Report on the nature of kala-azar
Disease focus: Kala-Azar
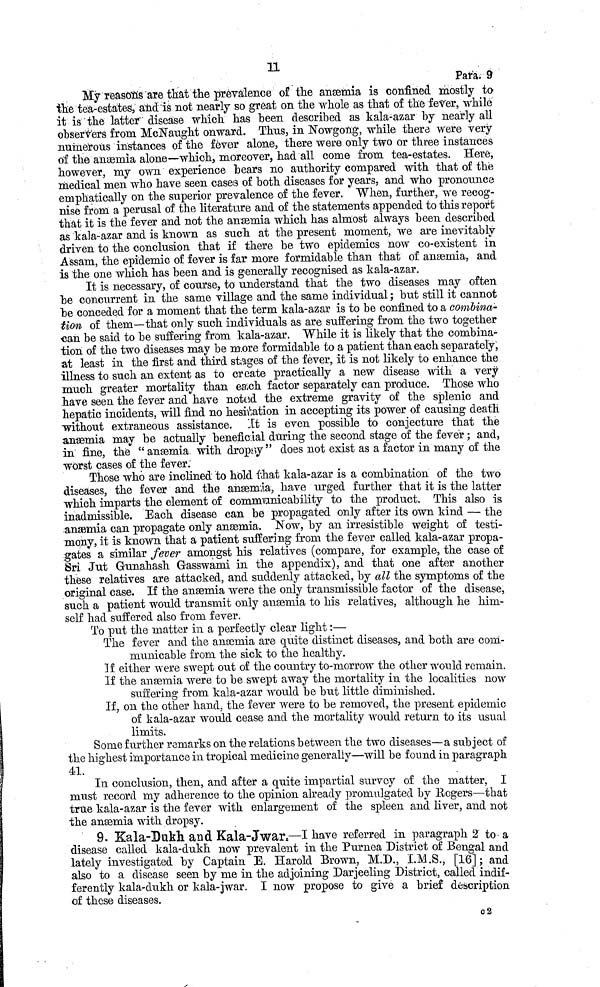
11
Para. 9
My reason's are that the prevalence of the anæmia is confined mostly to
the tea-estates, and is not nearly so great on the whole as that of the fever, while
it is the latter disease which has been described as kala-azar by nearly all
observers from McNaught onward. Thus, in Nowgong, while there were very
numerous instances of the fever alone, there were only two or three instances
οf the anæmia alone—which, moreover, had all come from tea-estates. Here,
however, my own experience bears no authority compared with that of the
medical men who have seen cases of both diseases for years, and who pronounce
emphatically on the superior prevalence of the fever. When, further, we recog-
nise from a perusal of the literature and of the statements appended to this report
that it is the fever and not the anæmia which has almost always been described
as kala-azar and is known as such at the present moment, we are inevitably
driven to the conclusion that if there be two epidemics now co-existent in
Assam, the epidemic of fever is far more formidable than that of anæmia, and
is the one which has been and is generally recognised as kala-azar.
It is necessary, of course, to understand that the two diseases may often
be concurrent in the same village and the same individual ; but still it cannot
be conceded for a moment that the term kala-azar is to be confined to a combina-
tíon of them—that only such individuals as are suffering from the two together
can be said to be suffering from kala-azar. While it is likely that the combina-
tion of the two diseases may be more formidable to a patient than each separately,
at least in the first and third stages of the fever, it is not likely to enhance the
illness to such an extent as to create practically a new disease with a very
much greater mortality than each factor separately can produce. Those who
have seen the fever and have noted the extreme gravity of the splenic and
hepatic incidents, will find no hesitation in accepting its power of causing death
without extraneous assistance. "It is even possible to conjecture that the
anæmia may be actually beneficial during the second stage of the fever ; and,
in fine, the " anæmia, with dropsy " does not exist as a factor in many of the
worst cases of the fever.
Those who are inclined to hold that kala-azar is a combination of the two
diseases, the fever and the anæmia, have urged further that it is the latter
which imparts the element of commmnicability to the product. This also is
inadmissible. Each disease can be propagated only after its own kind — the
anæmia can propagate only anæmia. Now, by an irresistible weight of testi-
mony, it is known that a patient suffering from the fever called kala-azar propa-
gates a similar fever amongst Ms relatives (compare, for example, the case of
Sri Jut Gunahash Gasswami in the appendix), and that one after another
these relatives are attacked, and suddenly attacked, by all the symptoms of the
original case. If the anæmia were the only transmissible factor of the disease,
such a patient would transmit only anæmia to his relatives, although he him-
self had suffered also from fever.
To put the matter in a perfectly clear light :—
The fever and the anæmia are quite distinct diseases, and both are com-
municable from the sick to the healthy.
If either were swept out of the country to-morrow the other would remain.
If the anæmia were to be swept away the mortality in the localities now
suffering from kala-azar would be but little diminished.
If, on the other hand, the fever were to be removed, the present epidemic
of kala-azar would cease and the mortality would return to its usual
limits.
Some further remarks on the relations between the two diseases—a subject of
the highest importance in tropical medicine generally—will be found in paragraph
41.
In conclusion, then, and after a quite impartial survey of the matter, I
must record my adherence to the opinion already promulgated by Rogers—that
true kala-azar is the fever with enlargement of the spleen and liver, and not
the anaemia with dropsy.
9. Kala-Dukh. and Kala-Jwar—I have referred in paragraph 2 to a
disease called kala-dukh now prevalent in the Purnea District of Bengal and
lately investigated by Captain E. Harold Brown, M.D., I.M.S., [16]; and
also to a disease seen by me in the adjoining Darjeeling District, called indif-
ferently kala-dukh or kala-jwar. I now propose to give a brief description
of these diseases.
c2